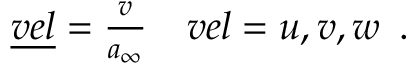
\begin{array} { r l } { \underline { { v e l } } = \frac { v } { a _ { \infty } } } & { { } v e l = u , v , w \, \mathrm { ~ . ~ } } \end{array}